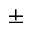
\pm